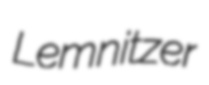
Lemnitzer